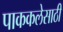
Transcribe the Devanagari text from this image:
पाककलेसाठी